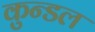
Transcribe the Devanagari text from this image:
कुन्डल